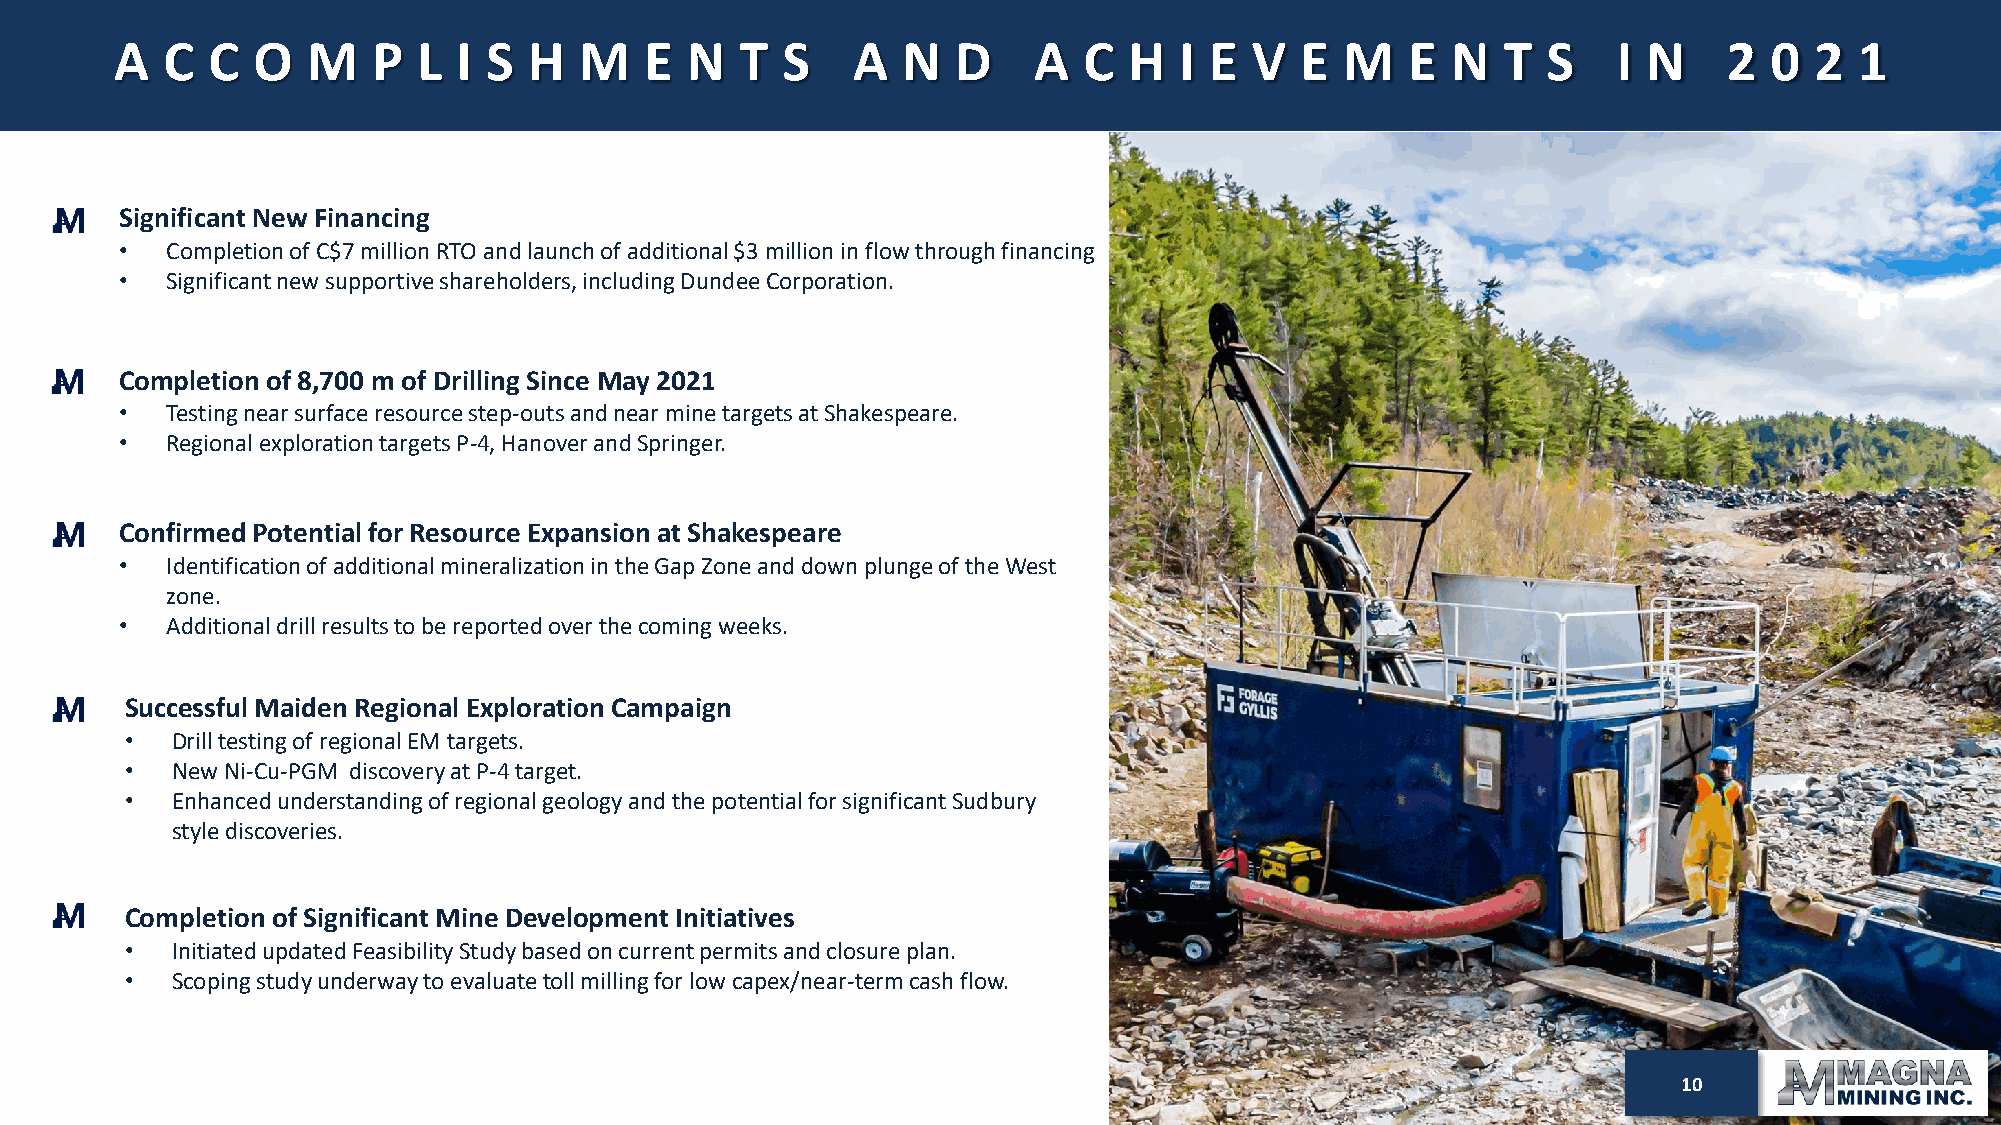
A  C  C  O  M    P  L I S  H  M    E N   T  S   A   N  D    A   C  H  I E  V  E  M   E  N  T  S    I N    2  0  2  1
 Significant New Financing
 •  Completion of C$7 million RTO and launch of additional $3 million in flow through financing
 •  Significant new supportive shareholders, including Dundee Corporation.
 Completion of 8,700 m of Drilling Since May 2021
 •  Testing near surface resource step-outs and near mine targets at Shakespeare.
 •  Regional exploration targets P-4, Hanover and Springer.
 Confirmed Potential for Resource Expansion at Shakespeare
 •  Identification of additional mineralization in the Gap Zone and down plunge of the West
 zone.
 •  Additional drill results to be reported over the coming weeks.
 Successful Maiden Regional Exploration Campaign
 •  Drill testing of regional EM targets.
 •  New Ni-Cu-PGM discovery at P-4 target.
 •  Enhanced understanding of regional geology and the potential for significant Sudbury
 style discoveries.
 Completion of Significant Mine Development Initiatives
 •  Initiated updated Feasibility Study based on current permits and closure plan.
 •  Scoping study underway to evaluatetoll milling for low capex/near-term cash flow.
 120